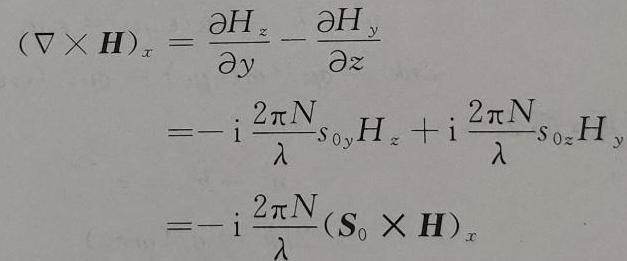
\begin{align*}
(\nabla\times\boldsymbol{H})_x&=\frac{\partial H_z}{\partial y}-\frac{\partial H_y}{\partial z}\\
&=-\mathrm{i}\frac{2\pi N}{\lambda}s_{0y}H_z+\mathrm{i}\frac{2\pi N}{\lambda}s_{0z}H_y\\
&=-\mathrm{i}\frac{2\pi N}{\lambda}(\boldsymbol{S}_0\times\boldsymbol{H})_x
\end{align*}